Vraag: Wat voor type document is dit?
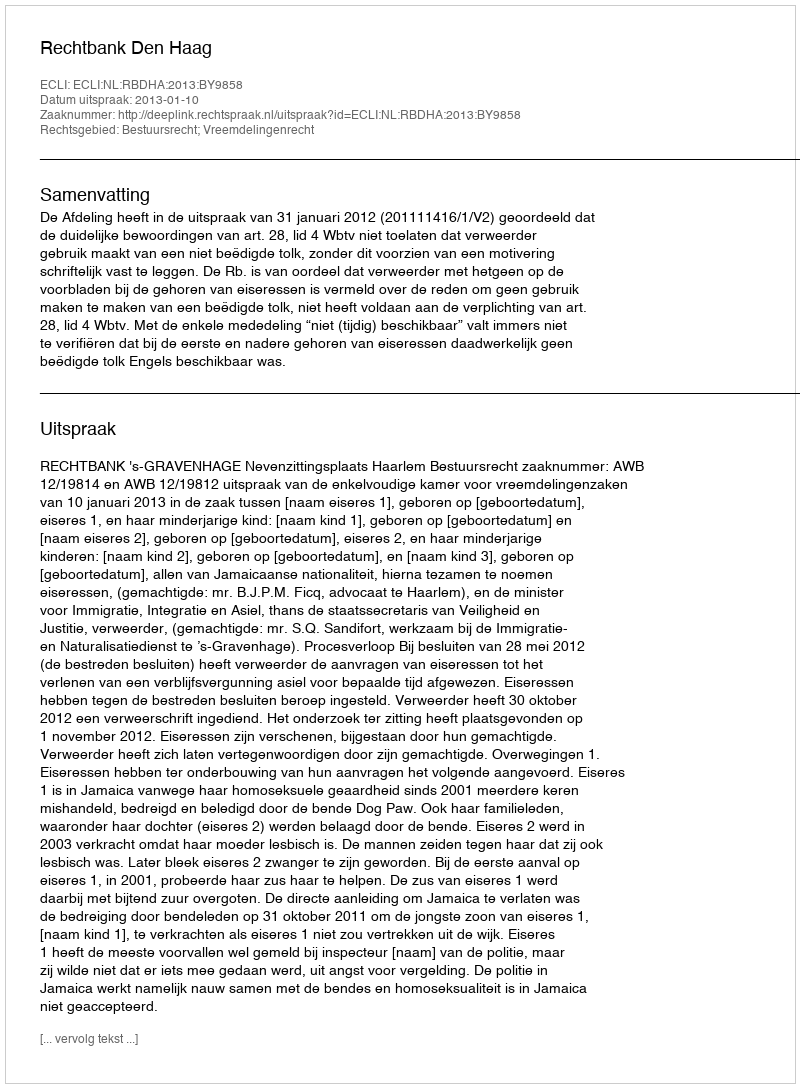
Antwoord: Uitspraak